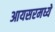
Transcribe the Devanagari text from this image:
आयसरमध्ये